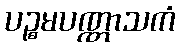
ပဉ္စမပဏ္ဏာသကံ